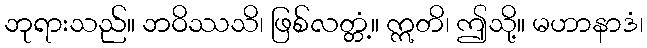
ဘုရားသည်။ ဘဝိဿသိ၊ ဖြစ်လတ္တံ့။ ဣတိ၊ ဤသို့။ မဟာနာဒံ၊